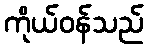
ကိုယ်ဝန်သည်